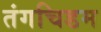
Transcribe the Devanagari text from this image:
तंगचिडम